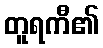
တူရကီ၏